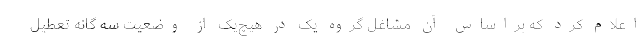
اعلام کرد که براساس آن مشاغل گروه یک در هیچ‌یک از وضعیت سه گانه تعطیل